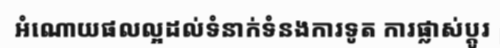
អំណោយផលល្អដល់ទំនាក់ទំនងការទូត ការផ្លាស់ប្តូរ